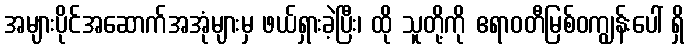
အများပိုင်အဆောက်အအုံများမှ ဖယ်ရှားခဲ့ပြီး၊ ထို သူတို့ကို ဧရာဝတီမြစ်ဝကျွန်းပေါ် ရှိ